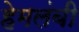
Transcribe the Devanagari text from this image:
हेमलंबी